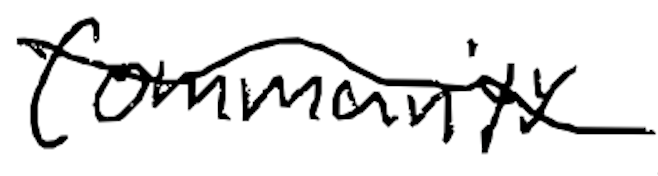
Text: community
Cross-out: wave
Writing tool: digital_black